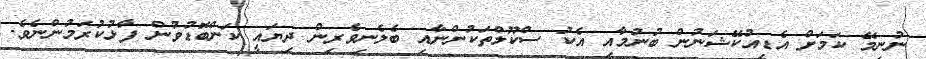
ނުނިމޭ ކަމަށް އެޑިއުކޭޝަނުން ބުނުމާއި އެކު ސްކޫލްތަކުންނާއި ބެލެނިވެރިން ދިޔައީ ކަންބޮޑުވުން ފާޅުކުރަމުންނެވެ.